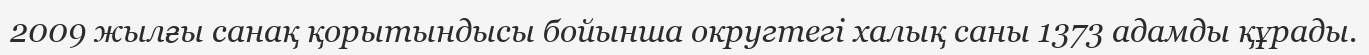
2009 жылғы санақ қорытындысы бойынша округтегі халық саны 1373 адамды құрады.